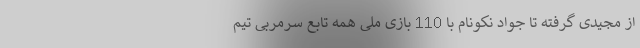
از مجیدی گرفته تا جواد نکونام با 110 بازی ملی همه تابع سرمربی تیم